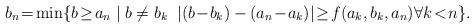
LaTeX: \begin{align*}b_n \!=\! \min\{b\!\geq\! a_n \;|\; b\neq b_k \;\;|(b\!-\!b_k)-(a_n\!-\!a_k)| \!\geq\! f(a_k,b_k,a_n) \forall k\!<\!n\}.\end{align*}